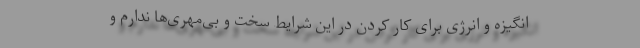
انگیزه و انرژی برای کار کردن در این شرایط سخت و بی‌مهری‌ها ندارم و